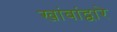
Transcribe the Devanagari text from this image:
खांबांद्वारे